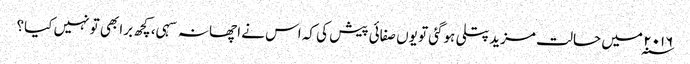
۲۰۱۶ ؁ میں حالت مزیدپتلی ہوگئی تو یوں صفائی پیش کی کہ اس نے اچھا نہ سہی، کچھ برا بھی تو نہیں کیا؟